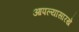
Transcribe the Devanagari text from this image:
आपल्यासारखे